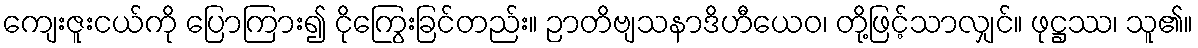
ကျေးဇူးငယ်ကို ပြောကြား၍ ငိုကြွေးခြင်တည်း။ ဉာတိဗျသနာဒိဟီယေဝ၊ တို့ဖြင့်သာလျှင်။ ဖုဋ္ဌဿ၊ သူ၏။